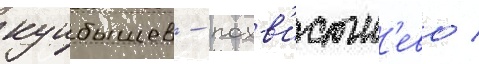
куибышев - похв'истн'ево /